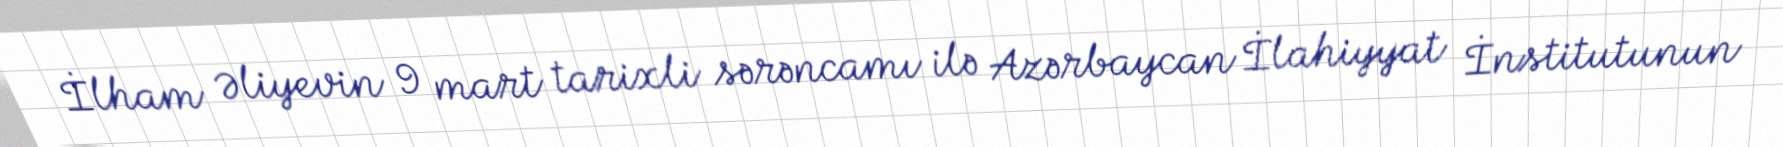
İlham Əliyevin 9 mart tarixli sərəncamı ilə Azərbaycan İlahiyyat İnstitutunun